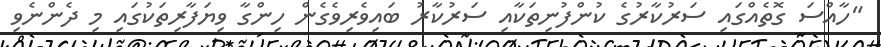
"ހާއްސަ ގޮތެއްގައި ސަރުކާރުގެ ކުންފުނިތަކާއި ސަރުކާރު ބައިވެރިވެގެން ހިންގާ ވިޔަފާރިތަކުގައި މި ދެންނެވި